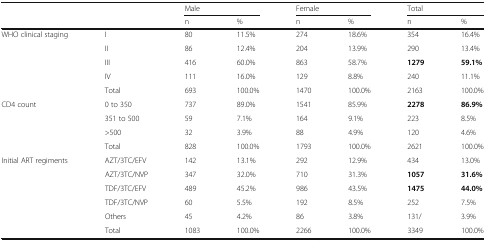
| <ROWSPAN=2>  | <ROWSPAN=2>  | <COLSPAN=2> Male | <COLSPAN=2> Female | <COLSPAN=2> Total |
 | n | % | n | % | n | % |
 | --- | --- | --- | --- | --- | --- | --- | --- |
 | <ROWSPAN=5> WHO clinical staging | I | 80 | 11.5% | 274 | 18.6% | 354 | 16.4% |
 | II | 86 | 12.4% | 204 | 13.9% | 290 | 13.4% |
 | III | 416 | 60.0% | 863 | 58.7% | 1279 | 59.1% |
 | IV | 111 | 16.0% | 129 | 8.8% | 240 | 11.1% |
 | Total | 693 | 100.0% | 1470 | 100.0% | 2163 | 100.0% |
 | <ROWSPAN=4> CD4 count | 0 to 350 | 737 | 89.0% | 1541 | 85.9% | 2278 | 86.9% |
 | 351 to 500 | 59 | 7.1% | 164 | 9.1% | 223 | 8.5% |
 | >500 | 32 | 3.9% | 88 | 4.9% | 120 | 4.6% |
 | Total | 828 | 100.0% | 1793 | 100.0% | 2621 | 100.0% |
 | <ROWSPAN=6> Initial ART regiments | AZT/3TC/EFV | 142 | 13.1% | 292 | 12.9% | 434 | 13.0% |
 | AZT/3TC/NVP | 347 | 32.0% | 710 | 31.3% | 1057 | 31.6% |
 | TDF/3TC/EFV | 489 | 45.2% | 986 | 43.5% | 1475 | 44.0% |
 | TDF/3TC/NVP | 60 | 5.5% | 192 | 8.5% | 252 | 7.5% |
 | Others | 45 | 4.2% | 86 | 3.8% | 131/ | 3.9% |
 | Total | 1083 | 100.0% | 2266 | 100.0% | 3349 | 100.0% |